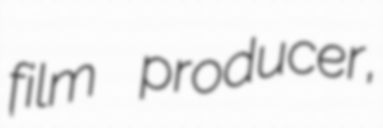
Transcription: film producer,